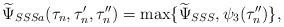
LaTeX: \begin{align*}\widetilde{\Psi}_{SSSa}(\tau_{n},\tau_{n}',\tau_{n}'')=\max\{\widetilde{\Psi}_{SSS},\psi_{3}(\tau_{n}'')\},\end{align*}